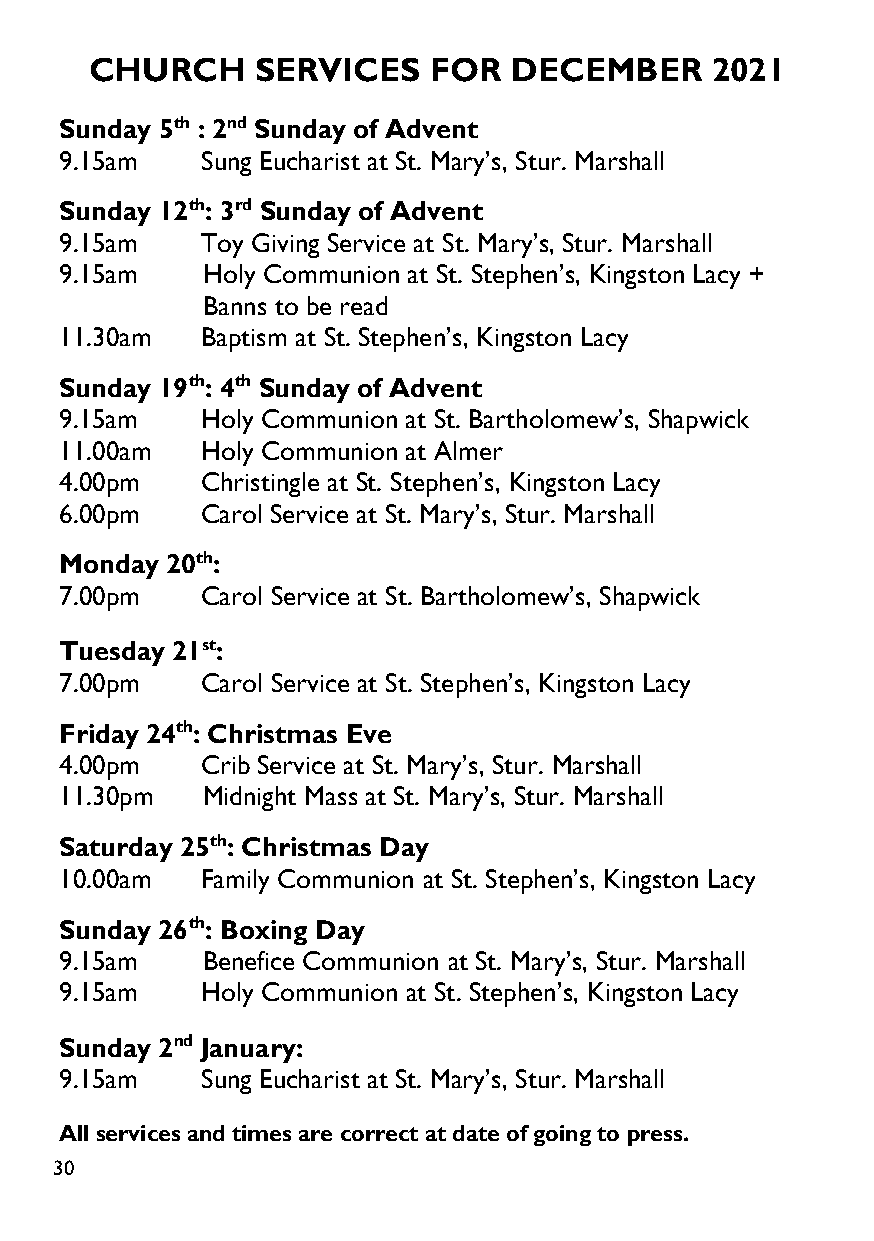
CHURCH     SERVICES   FOR   DECEMBER     2021
 Sunday 5th : 2nd Sunday of Advent
 9.15am   Sung Eucharist at St. Mary’s, Stur. Marshall
 Sunday 12th: 3rd Sunday of Advent
 9.15am   Toy Giving Service at St. Mary’s, Stur. Marshall
 9.15am   Holy Communion at St. Stephen’s, Kingston Lacy +
 Banns to be read
 11.30am  Baptism at St. Stephen’s, Kingston Lacy
 Sunday 19th: 4th Sunday of Advent
 9.15am   Holy Communion at St. Bartholomew’s, Shapwick
 11.00am  Holy Communion at Almer
 4.00pm   Christingle at St. Stephen’s, Kingston Lacy
 6.00pm   Carol Service at St. Mary’s, Stur. Marshall
 Monday 20th:
 7.00pm   Carol Service at St. Bartholomew’s, Shapwick
 Tuesday 21st:
 7.00pm   Carol Service at St. Stephen’s, Kingston Lacy
 Friday 24th: Christmas Eve
 4.00pm   Crib Service at St. Mary’s, Stur. Marshall
 11.30pm  Midnight Mass at St. Mary’s, Stur. Marshall
 Saturday 25th: Christmas Day
 10.00am  Family Communion at St. Stephen’s, Kingston Lacy
 Sunday 26th: Boxing Day
 9.15am   Benefice Communion at St. Mary’s, Stur. Marshall
 9.15am   Holy Communion at St. Stephen’s, Kingston Lacy
 Sunday 2nd January:
 9.15am   Sung Eucharist at St. Mary’s, Stur. Marshall
 All services and times are correct at date of going to press.
 30